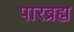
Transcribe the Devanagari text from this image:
पारब्रह्म